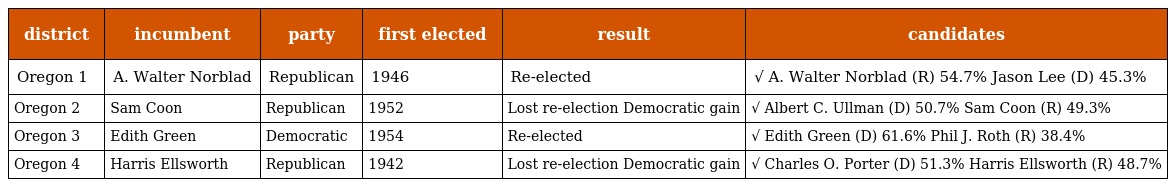
| district | incumbent | party | first elected | result | candidates |
 | --- | --- | --- | --- | --- | --- |
 | Oregon 1 | A. Walter Norblad | Republican | 1946 | Re-elected | √ A. Walter Norblad (R) 54.7% Jason Lee (D) 45.3% |
 | Oregon 2 | Sam Coon | Republican | 1952 | Lost re-election Democratic gain | √ Albert C. Ullman (D) 50.7% Sam Coon (R) 49.3% |
 | Oregon 3 | Edith Green | Democratic | 1954 | Re-elected | √ Edith Green (D) 61.6% Phil J. Roth (R) 38.4% |
 | Oregon 4 | Harris Ellsworth | Republican | 1942 | Lost re-election Democratic gain | √ Charles O. Porter (D) 51.3% Harris Ellsworth (R) 48.7% |